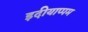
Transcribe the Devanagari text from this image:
इदीयाप्पम